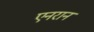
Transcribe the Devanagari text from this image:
एनरान